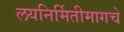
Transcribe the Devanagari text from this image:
लयनिर्मितीमागचे